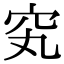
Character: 䆒